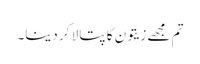
تم مجھے زیتون کا پتا لا کر دینا۔